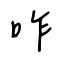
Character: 咋